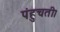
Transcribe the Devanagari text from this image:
पंहुचती।